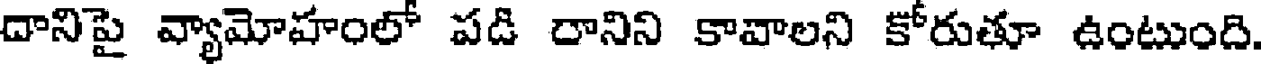
దానిపై వ్యామోహంలో పడి రానిని కావాలని కోరుతూ ఉంటుంది